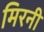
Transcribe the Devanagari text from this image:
मिरनी